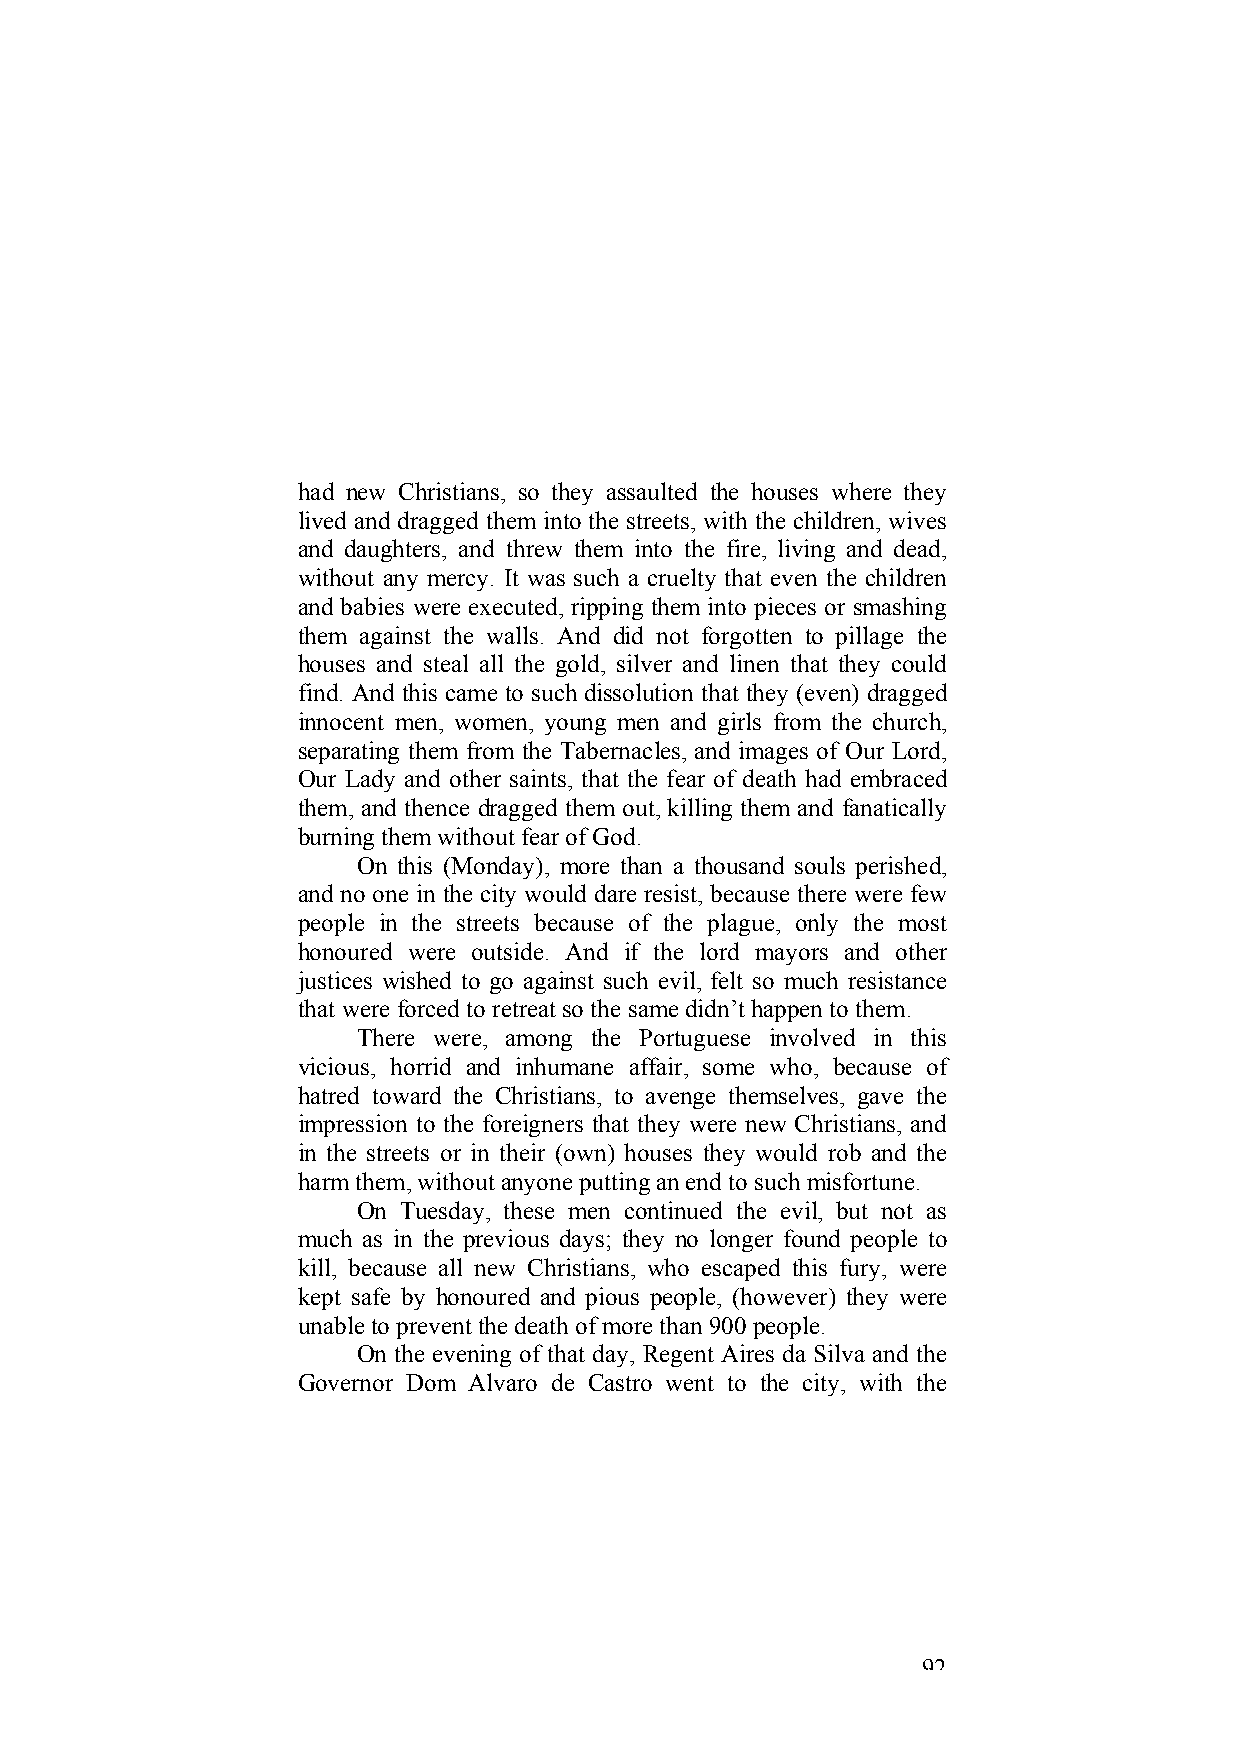
had new Christians, so they assaulted the houses where they
 lived and dragged them into the streets, with the children, wives
 and daughters, and threw them into the fire, living and dead,
 without any mercy. It was such a cruelty that even the children
 and babies were executed, ripping them into pieces or smashing
 them against the walls. And did not forgotten to pillage the
 houses and steal all the gold, silver and linen that they could
 find. And this came to such dissolution that they (even) dragged
 innocent men, women, young men and girls from the church,
 separating them from the Tabernacles, and images of Our Lord,
 Our Lady and other saints, that the fear of death had embraced
 them, and thence dragged them out, killing them and fanatically
 burning them without fear of God.
 On this (Monday), more than a thousand souls perished,
 and no one in the city would dare resist, because there were few
 people in the streets because of the plague, only the most
 honoured were outside. And if the lord mayors and other
 justices wished to go against such evil, felt so much resistance
 that were forced to retreat so the same didn’t happen to them.
 There were, among the Portuguese involved in this
 vicious, horrid and inhumane affair, some who, because of
 hatred toward the Christians, to avenge themselves, gave the
 impression to the foreigners that they were new Christians, and
 in the streets or in their (own) houses they would rob and the
 harm them, without anyone putting an end to such misfortune.
 On Tuesday, these men continued the evil, but not as
 much as in the previous days; they no longer found people to
 kill, because all new Christians, who escaped this fury, were
 kept safe by honoured and pious people, (however) they were
 unable to prevent the death of more than 900 people.
 On the evening of that day, Regent Aires da Silva and the
 Governor Dom Alvaro de Castro went to the city, with the
 92